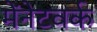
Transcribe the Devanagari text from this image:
मेंनेटवर्क